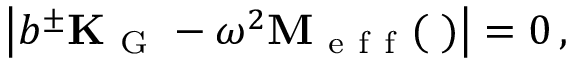
\left| b ^ { \pm } \mathbf { K _ { \mathrm { ~ G ~ } } } - \omega ^ { 2 } \mathbf { M _ { \mathrm { ~ e ~ f ~ f ~ } } ( \omega ) } \right| = 0 \, ,